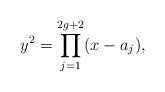
LaTeX: \begin{align*}y^2 = \prod_{j=1}^{2g+2} (x-a_j),\end{align*}